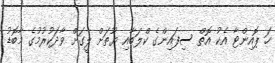
ހަ ޕޮއިންޓާ އެކު އޮތް ސިފައިންގެ ކްލަބާއި ޔޫތަށް ލީގަށް ވާދަކުރުމުގެ މާބޮޑު